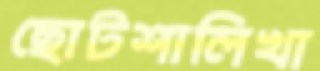
ছোটশালিখা